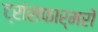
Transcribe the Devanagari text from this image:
ट्रांसफार्मरों